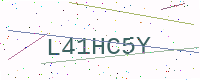
Text: L41HC5Y